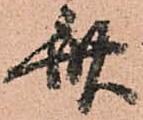
斎